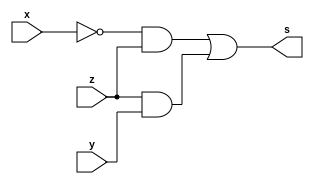
module a (output s, input x, y, z);
    assign s = (~x & z) | (z&y);
endmodule // Teste para a simplificao feita pelo mapa

module b (output s, input x, y, z);
    assign s = (~z&~x) | (~z&y);
endmodule // Teste para a simplificao feita pelo mapa

module c (output s, input x, y, z);
    assign s = (~z&y) | (~z&x) | (x&~y);
endmodule // Teste para a simplificao feita pelo mapa

module d (output s, input x, y, z);
    assign s = (z&~x) | (~x&y) | (z&~y);
endmodule // Teste para a simplificao feita pelo mapa

module e (output s, input x, y, z);
    assign s = (~z&~y) | (x&~y) | (z&x);
endmodule // Teste para a simplificao feita pelo mapa

module tb_main;

    reg x, y, z;
    wire sa, sb, sc, sd, se;

    a uuta (sa, x, y, z);
    b uutb (sb, x, y, z);
    c uutc (sc, x, y, z);
    d uutd (sd, x, y, z);
    e uute (se, x, y, z);

    initial begin
        tb_SoPa();
        tb_SoPb();
        tb_SoPc();
        tb_SoPd();
        tb_SoPe();
        $finish;  
    end

	task tb_SoPa();
	    integer i, j, k;
	    begin
	        $display("Iniciando Simulao para A...");
	        for (i = 0; i <= 1; i = i + 1) begin
	            for (j = 0; j <= 1; j = j + 1) begin
	                for (k = 0; k <= 1; k = k + 1) begin
	                    x = i; y = j; z = k;
	                    #1;
	                    $display("x=%b y=%b z=%b | sa=%b", x, y, z, sa);
	                end
	            end
	        end
	     end
	endtask

	task tb_SoPb();
	    integer i, j, k;
	    begin
	        $display("Iniciando Simulao para B...");
	        for (i = 0; i <= 1; i = i + 1) begin
	            for (j = 0; j <= 1; j = j + 1) begin
	                for (k = 0; k <= 1; k = k + 1) begin
	                    x = i; y = j; z = k;
	                    #1;
	                    $display("x=%b y=%b z=%b | sa=%b", x, y, z, sb);
	                end
	            end
	        end
	     end
	endtask

	task tb_SoPc();
	    integer i, j, k;
	    begin
	        $display("Iniciando Simulao para C...");
	        for (i = 0; i <= 1; i = i + 1) begin
	            for (j = 0; j <= 1; j = j + 1) begin
	                for (k = 0; k <= 1; k = k + 1) begin
	                    x = i; y = j; z = k;
	                    #1;
	                    $display("x=%b y=%b z=%b | sa=%b", x, y, z, sc);
	                end
	            end
	        end
	     end
	endtask

	task tb_SoPd();
	    integer i, j, k;
	    begin
	        $display("Iniciando Simulao para D...");
	        for (i = 0; i <= 1; i = i + 1) begin
	            for (j = 0; j <= 1; j = j + 1) begin
	                for (k = 0; k <= 1; k = k + 1) begin
	                    x = i; y = j; z = k;
	                    #1;
	                    $display("x=%b y=%b z=%b | sa=%b", x, y, z, sd);
	                end
	            end
	        end
	     end
	endtask

	task tb_SoPe();
	    integer i, j, k;
	    begin
	        $display("Iniciando Simulao para E...");
	        for (i = 0; i <= 1; i = i + 1) begin
	            for (j = 0; j <= 1; j = j + 1) begin
	                for (k = 0; k <= 1; k = k + 1) begin
	                    x = i; y = j; z = k;
	                    #1;
	                    $display("x=%b y=%b z=%b | sa=%b", x, y, z, se);
	               	end
	            end
	        end
	     end
	endtask

endmodule